system: You are a helpful assistant.
user:
Analyze the provided spectrum to determine if it is a **White Dwarf (WD)**.

A White Dwarf spectrum is defined by its **extreme purity** (due to gravitational settling) and/or **extreme pressure broadening** (due to high surface gravity). You must check for one of the following mutually exclusive signatures:

- **Key Visual Indicators (Check for ONE of these types):**

    - **1. DA-Type Signature (Most Common):**
        - **(Primary Feature):** Extreme pressure broadening (Stark broadening) of the **Hydrogen (H) Balmer lines**.
        - **(Key Lines):** $H\beta$ (approx. $4861$ Å) and $H\gamma$ (approx. $4340$ Å). $H\alpha$ (approx. $6563$ Å) will also be present if the wavelength range covers it.
        - **(Line Profile):** This is the **defining feature**. The lines are **NOT** sharp. They appear as massive, **extremely broad and deep "troughs" or "dips"** in the spectrum, often hundreds of Ångströms wide. The continuum will appear to "scoop" down at these wavelengths.
        - **(Distinction):** Normal A-type or B-type stars have *narrow* and *sharp* Hydrogen lines. A DA White Dwarf's lines are unmistakably "smeared" or "blurry" from pressure.

    - **2. DB-Type Signature:**
        - **(Primary Feature):** Broad absorption lines from **Neutral Helium (He I)**. The spectrum must lack any visible Hydrogen lines.
        - **(Key Lines):** Look for broad absorption near $4471$ Å, $4921$ Å, and $5876$ Å.
        - **(Line Profile):** These lines are also significantly pressure-broadened, appearing much wider than they would in a normal B-type main-sequence star.

    - **3. DC-Type Signature:**
        - **(Primary Feature):** A **featureless continuous spectrum**.
        - **(Line Profile):** The spectrum is a smooth curve with **no significant absorption or emission lines**.
        - **(Key Confirmation):** The continuum is almost always **blue or white**, indicating a hot object. This signature implies the atmosphere is so pure (or so cool) that no spectral lines are visible in the optical range. Its WD identity is confirmed by its extremely low intrinsic brightness (high absolute magnitude).

    - **4. DZ-Type Signature (Metal-Polluted):**
        - **(Primary Feature):** **Isolated, narrow metal absorption lines** on an otherwise featureless (DC-like) continuum.
        - **(Key Lines):** The **Calcium (Ca II) H & K doublet** (approx. **$3934$ Å** and **$3968$ Å**) is the most common and defining feature.
        - **(Line Profile):** These lines are "out of place." They are *not* part of a "forest" of thousands of lines. This signature is evidence of recent *accretion* (pollution) from rocky debris.
        - **(Distinction):** Normal G/K/M stars have a *dense forest* of thousands of metal lines. A DZ has a *clean* continuum with *only a few* strong metal lines.

    - **5. DQ-Type Signature (Carbon-Polluted):**
        - **(Primary Feature):** Absorption bands from **Carbon (C₂ "Swan Bands" or atomic C I)**.
        - **(Key Lines - C₂):** Look for bandheads with a "saw-tooth" shape near $5635$ Å, **$5165$ Å** (strongest), and $4737$ Å.
        - **(Key Confirmation):** The underlying **continuum must be blue or white** (hot).
        - **(Distinction):** This is the critical difference from a **Carbon Star**, which has the *exact same* C₂ bands but on an extremely **red, cool** continuum.

- **(Overall Spectrum):**
    - The continuum (overall shape) is typically **blue-sloping** (brighter in the blue than the red), as most white dwarfs are very hot.
    - The spectrum will look "pure" or "simple," dominated by only *one* of the five signatures listed above.

Think first, call **spectral_visualization_tool** if needed to examine features in detail, then provide your final answer. Your response must adhere to the following strict rules:
1.  **Overall Structure:** Your response must follow the format `<think>...</think> <tool_call>...</tool_call> (if a tool is used) <answer>...</answer>`.
2.  **Tool Usage Constraint:** You may only make **one** tool call per turn.
3.  **Final Answer Format:** In the `<answer>` tag, your conclusion must be inside a `\boxed{}` command (e.g., `\boxed{YES}` or `\boxed{NO}`), followed by your justification.

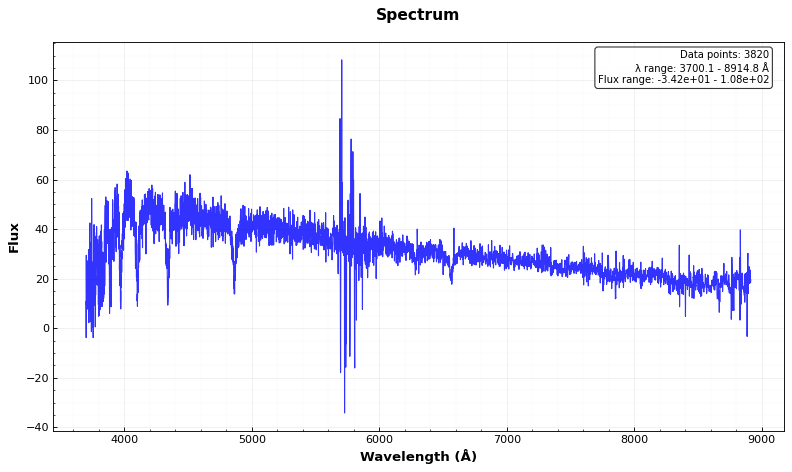
Answer: YES